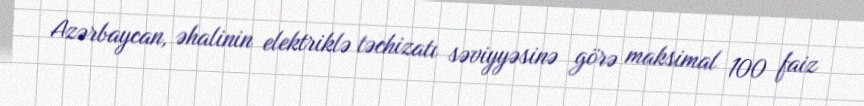
Azərbaycan, əhalinin elektriklə təchizatı səviyyəsinə görə maksimal 100 faiz